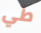
طي